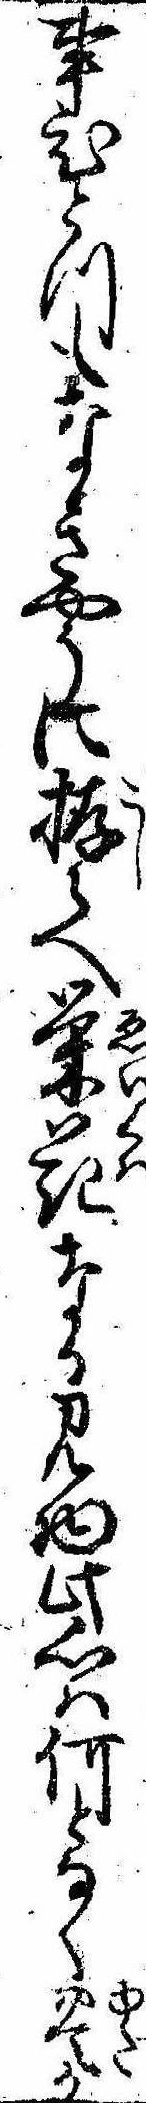
事ひとつもなきやうに拵らへ栄花なる見物此心は何となく豊か